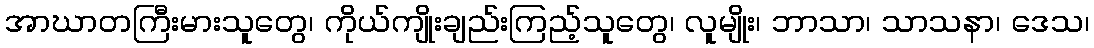
အာဃာတကြီးမားသူတွေ၊ ကိုယ်ကျိုးချည်းကြည့်သူတွေ၊ လူမျိုး၊ ဘာသာ၊ သာသနာ၊ ဒေသ၊